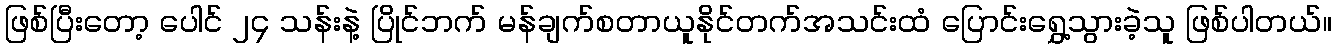
ဖြစ်ပြီးတော့ ပေါင် ၂၄ သန်းနဲ့ ပြိုင်ဘက် မန်ချက်စတာယူနိုင်တက်အသင်းထံ ပြောင်းရွှေ့သွားခဲ့သူ ဖြစ်ပါတယ်။